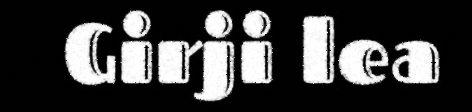
Girji lea